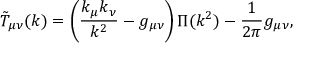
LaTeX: \tilde { T } _ { \mu \nu } ( k ) = \left( \frac { k _ { \mu } k _ { \nu } } { k ^ { 2 } } - g _ { \mu \nu } \right) \Pi ( k ^ { 2 } ) - \frac { 1 } { 2 \pi } g _ { \mu \nu } ,